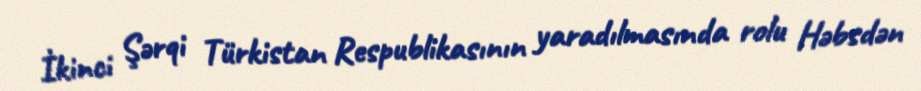
İkinci Şərqi Türkistan Respublikasının yaradılmasında rolu Həbsdən